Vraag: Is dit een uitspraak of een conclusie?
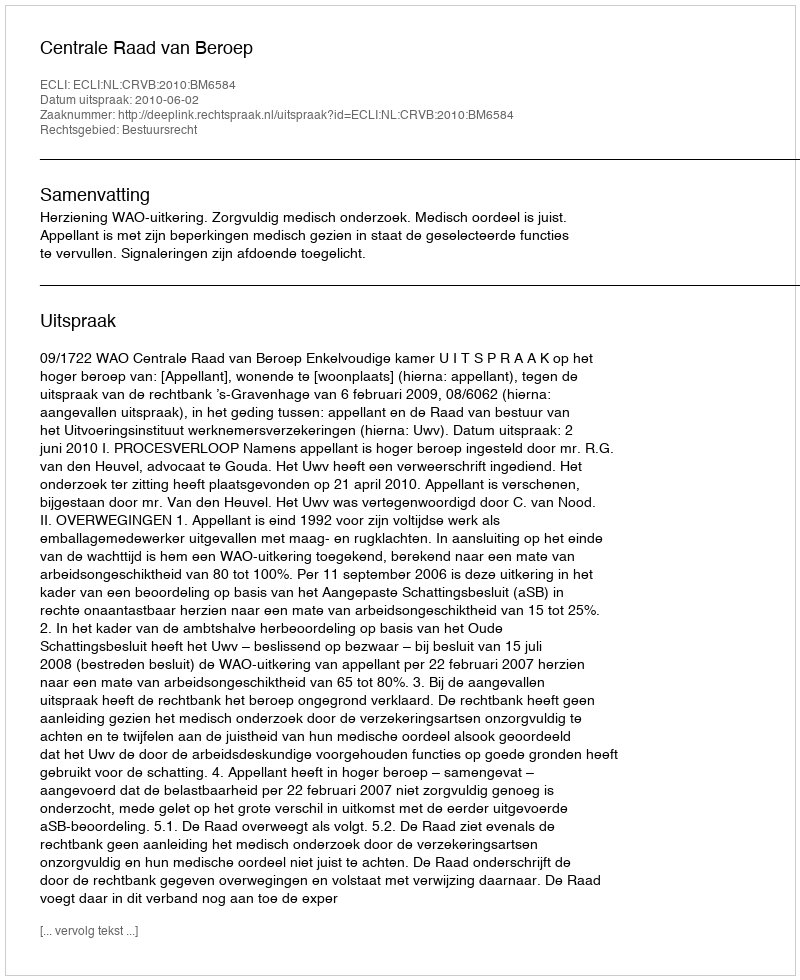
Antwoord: Uitspraak